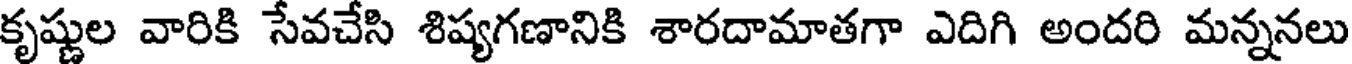
కృష్ణుల వారికి సేవచేసి శిష్యగణానికి శారదామాతగా ఎదిగి అందరి మన్ననలు